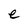
Character: e